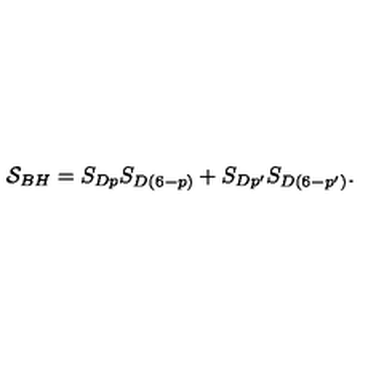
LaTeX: { \cal S } _ { B H } = S _ { D p } S _ { D ( 6 - p ) } + S _ { D p ^ { \prime } } S _ { D ( 6 - p ^ { \prime } ) } .